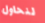
لنحاول